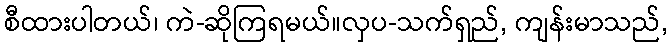
စီထားပါတယ်၊ ကဲ-ဆိုကြရမယ်။လှပ-သက်ရှည်, ကျန်းမာသည်,